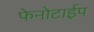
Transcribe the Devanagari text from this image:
फेनोटाईप